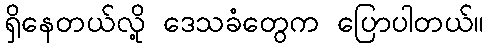
ရှိနေတယ်လို့ ဒေသခံတွေက ပြောပါတယ်။